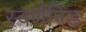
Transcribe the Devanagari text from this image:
स्वर्णपिंड